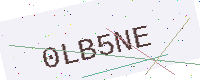
Text: 0LB5NE